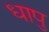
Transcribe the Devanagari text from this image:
धापु